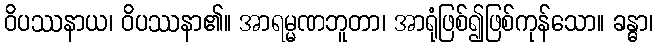
ဝိပဿနာယ၊ ဝိပဿနာ၏။ အာရမ္မဏဘူတာ၊ အာရုံဖြစ်၍ဖြစ်ကုန်သော။ ခန္ဓာ၊